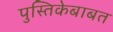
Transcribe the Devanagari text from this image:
पुस्तिकेबाबत